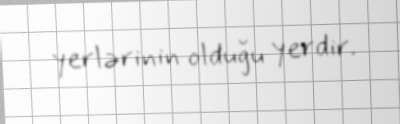
yerlərinin olduğu yerdir.